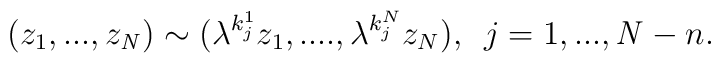
(z_1,...,z_{\it N} )  \sim ({\lambda} ^{k^1_j} z_1,...., {\lambda }^{k^N_j} z_N),\,\,\, j = 1,...,{\it N}-n.